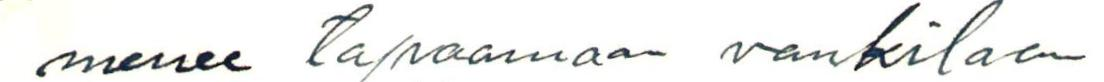
menee tapaamaan vankilaan